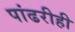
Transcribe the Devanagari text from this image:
पांढरीही